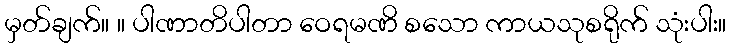
မှတ်ချက်။ ။ ပါဏာတိပါတာ ဝေရမဏိ စသော ကာယသုစရိုက် သုံးပါး။